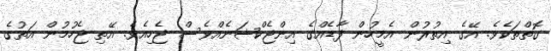
ގޮތްތަކެވެ. އޭގެ އިތުރުން އެމީހުން ފާޑެއްގެ އިންޖެކްޝަނެއްވެސް ޖެހިއެވެ. އޭތި ޖެހުމުން އަތުގެ